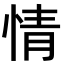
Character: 情